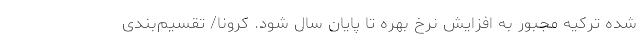
شده ترکیه مجبور به افزایش نرخ بهره تا پایان سال شود. کرونا/ تقسیم‌بندی